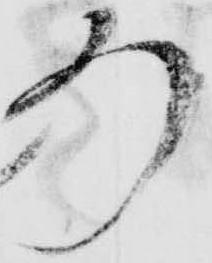
ろ